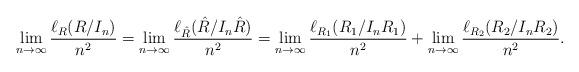
LaTeX: \begin{align*}\lim_{n\rightarrow \infty}\frac{\ell_R(R/I_n)}{n^2}=\lim_{n\rightarrow \infty}\frac{\ell_{\hat R}(\hat R/I_n\hat R)}{n^2}=\lim_{n\rightarrow\infty}\frac{\ell_{R_1}(R_1/I_nR_1)}{n^2}+\lim_{n\rightarrow\infty}\frac{\ell_{R_2}(R_2/I_nR_2)}{n^2}.\end{align*}